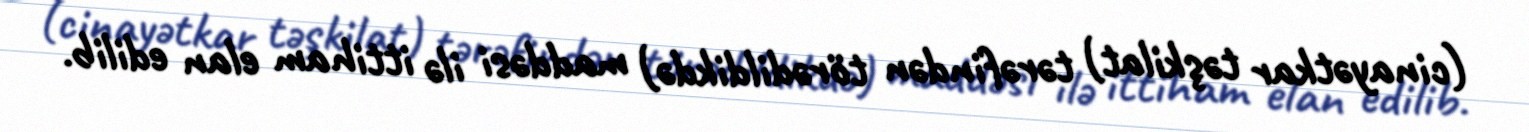
(cinayətkar təşkilat) tərəfindən törədildikdə) maddəsi ilə ittiham elan edilib.